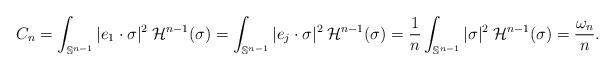
LaTeX: \begin{align*}C_n = \int_{\mathbb{S}^{n-1}}|e_1\cdot\sigma|^2\:\mathcal{H}^{n-1}(\sigma) = \int_{\mathbb{S}^{n-1}}|e_j\cdot\sigma|^2\:\mathcal{H}^{n-1}(\sigma) = \frac{1}{n}\int_{\mathbb{S}^{n-1}}|\sigma|^2\:\mathcal{H}^{n-1}(\sigma) = \frac{\omega_n}{n}.\end{align*}